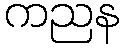
ကညန